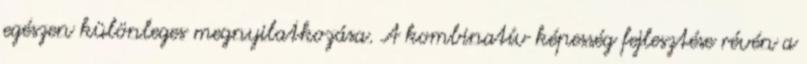
egészen különleges megnyilatkozása. A kombinatív képesség fejlesztése révén a